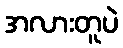
အလားတူပဲ